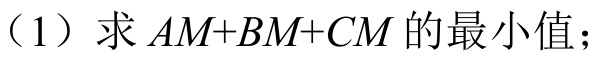
（1）求 \(AM + BM+CM\) 的最小值；